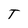
Character: T